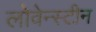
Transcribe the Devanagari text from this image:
लोवेन्स्टीन